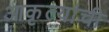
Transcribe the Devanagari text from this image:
आकृत्यांची